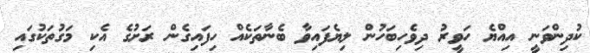
ކުދިންވަނީ އިއްޔެ ހަވީރު ދިވެހިބަހުން ލިޔެފައިވާ ބެނާތަކެއް ހިފައިގެން ރަށުގެ އެކި މަގުތަކުގައި